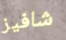
شافيز